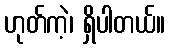
ဟုတ်ကဲ့၊ ရှိပါတယ်။